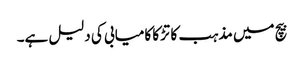
بیچ میں مذہب کا تڑکا کامیابی کی دلیل ہے۔